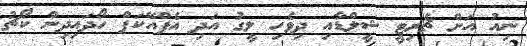
ނިއު އަށް ޗެރިޓީ ޝީލްޑާއި ދިވެހި ލީގު އަދި އެފްއޭކަޕް ހޯދައިދިން ކޯޗު